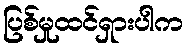
ပြစ်မှုထင်ရှားပါက